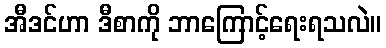
အီဒင်ဟာ ဒီစာကို ဘာကြောင့်ရေးရသလဲ။